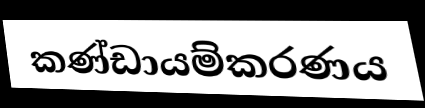
කණ්ඩායම්කරණය